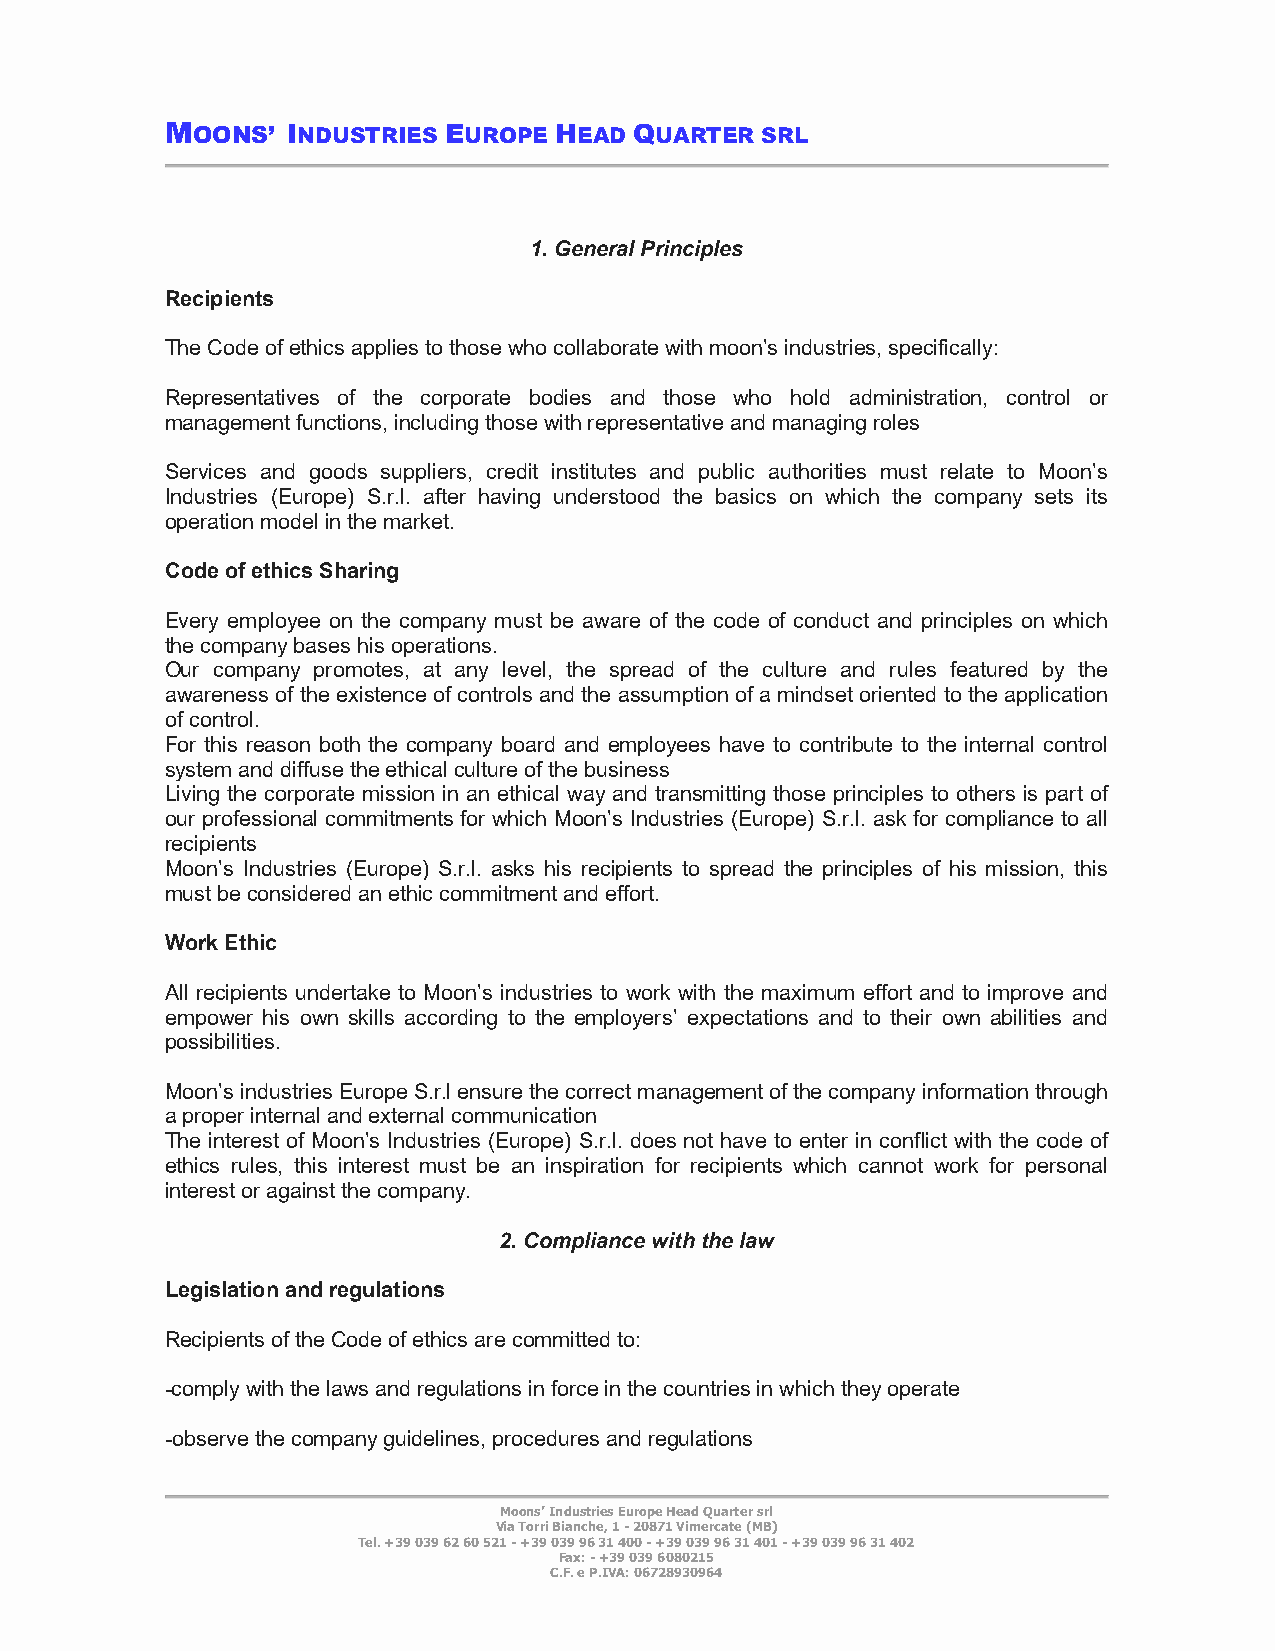
MOONS’  INDUSTRIES EUROPE HEAD QUARTER SRL
 1. General Principles
 Recipients
 The Code of ethics applies to those who collaborate with moon’s industries, specifically:
 Representatives of the corporate bodies and those who hold administration, control or
 management functions, including those with representative and managing roles
 Services and goods suppliers, credit institutes and public authorities must relate to Moon’s
 Industries (Europe) S.r.l. after having understood the basics on which the company sets its
 operation model in the market.
 Code of ethics Sharing
 Every employee on the company must be aware of the code of conduct and principles on which
 the company bases his operations.
 Our company promotes, at any level, the spread of the culture and rules featured by the
 awareness of the existence of controls and the assumption of a mindset oriented to the application
 of control.
 For this reason both the company board and employees have to contribute to the internal control
 system and diffuse the ethical culture of the business
 Living the corporate mission in an ethical way and transmitting those principles to others is part of
 our professional commitments for which Moon’s Industries (Europe) S.r.l. ask for compliance to all
 recipients
 Moon’s Industries (Europe) S.r.l. asks his recipients to spread the principles of his mission, this
 must be considered an ethic commitment and effort.
 Work Ethic
 All recipients undertake to Moon’s industries to work with the maximum effort and to improve and
 empower his own skills according to the employers’ expectations and to their own abilities and
 possibilities.
 Moon’s industries Europe S.r.l ensure the correct management of the company information through
 a proper internal and external communication
 The interest of Moon’s Industries (Europe) S.r.l. does not have to enter in conflict with the code of
 ethics rules, this interest must be an inspiration for recipients which cannot work for personal
 interest or against the company.
 2. Compliance with the law
 Legislation and regulations
 Recipients of the Code of ethics are committed to:
 -comply with the laws and regulations in force in the countries in which they operate
 -observe the company guidelines, procedures and regulations
 Moons’ Industries Europe Head Quarter srl
 Via Torri Bianche, 1 - 20871 Vimercate (MB)
 Tel. +39 039 62 60 521 - +39 039 96 31 400 - +39 039 96 31 401 - +39 039 96 31 402
 Fax: - +39 039 6080215
 C.F. e P.IVA: 06728930964